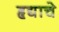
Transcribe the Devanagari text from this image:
हृद्याचे